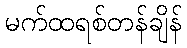
မက်ထရစ်တန်ချိန်